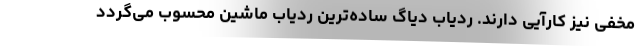
مخفی نیز کارآیی دارند. ردیاب دیاگ ساده‌ترین ردیاب ماشین محسوب می‌گردد